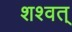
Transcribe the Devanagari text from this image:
शश्वत्